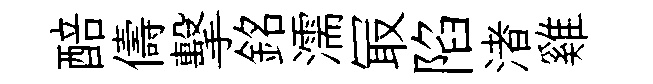
醅儔擊銘濡冣陷渚雞